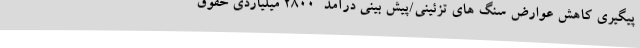
پیگیری کاهش عوارض سنگ های تزئینی/پیش بینی درآمد  2800 میلیاردی حقوق